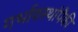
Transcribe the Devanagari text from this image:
गर्भावस्थांपैकी